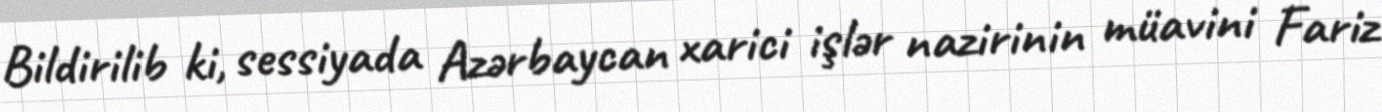
Bildirilib ki, sessiyada Azərbaycan xarici işlər nazirinin müavini Fariz